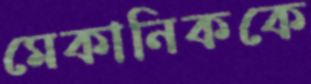
মেকানিককে